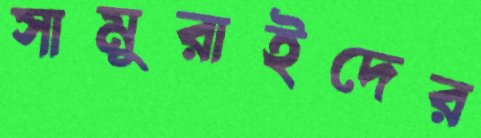
সামুরাইদের